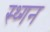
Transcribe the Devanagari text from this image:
स्थ्गन